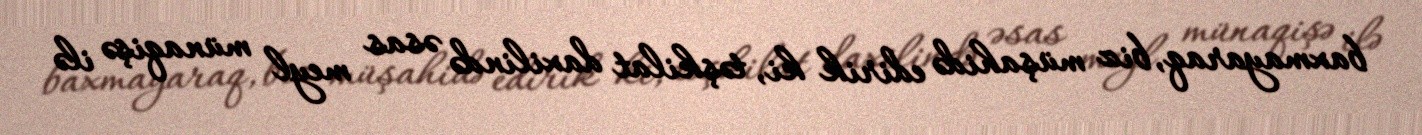
baxmayaraq, biz müşahidə edirik ki, təşkilat daxilində əsas meyl münaqişə ilə